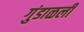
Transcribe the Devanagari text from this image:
गुंडाळली